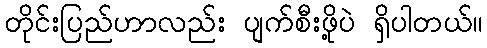
တိုင်းပြည်ဟာလည်း ပျက်စီးဖို့ပဲ ရှိပါတယ်။